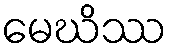
မေဃိဿ